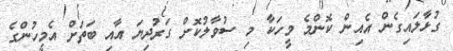
ގުޅާލައިގެން އެއިން ކޮންމެ މީހަކާ މި ސުވާލުކޮށް ގަރުދިޔަ އާއި ބަތަށް އެމީހުންގެ